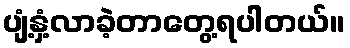
ပျံ့နှံ့လာခဲ့တာတွေ့ရပါတယ်။